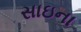
સાઇના